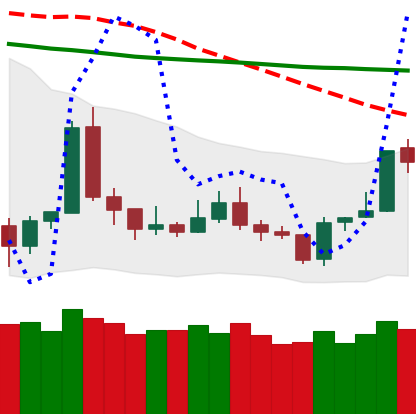
Ticker: TRX-USD
Chart end date: 2020-01-07
Forward return: 4.195%
Label: up_3_5